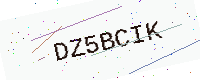
Text: DZ5BCIK